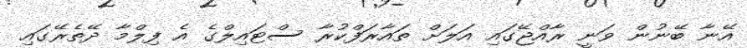
އޭނާ ބޭނުން ވަނީ ރާއްޖޭގައި އަލަށް ތައާރަފްކުރާ ސްޓައިލްގެ އެ ފިލްމާ ދޭތެރޭގައި